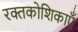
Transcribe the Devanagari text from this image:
रक्तकोशिकाएँ